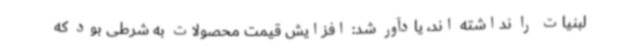
لبنیات را نداشته اند، یادآور شد: افزایش قیمت محصولات به شرطی بود که